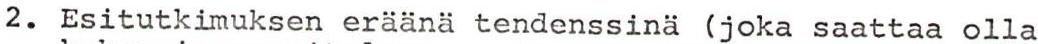
2. Esitutkimuksen eräänä tendenssina (joka saattaa olla